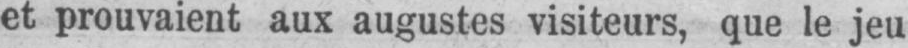
et prouvaient aux augustes visiteurs, que le jeu